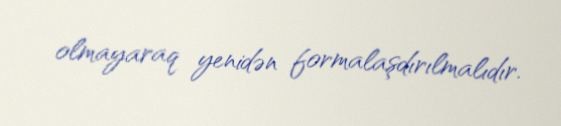
olmayaraq yenidən formalaşdırılmalıdır.